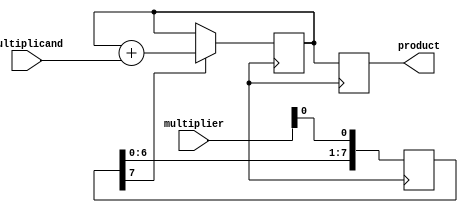
module shift_and_add_multiplier(
    input wire [7:0] multiplicand,
    input wire [7:0] multiplier,
    output reg [15:0] product
);

reg [7:0] shift_reg;
reg [15:0] partial_product;

always @ (posedge clk) begin
    shift_reg <= {shift_reg[6:0], multiplier[0]};
    if (shift_reg[7] == 1'b1) begin
        partial_product <= partial_product + multiplicand;
    end
    product <= partial_product;
end

endmodule